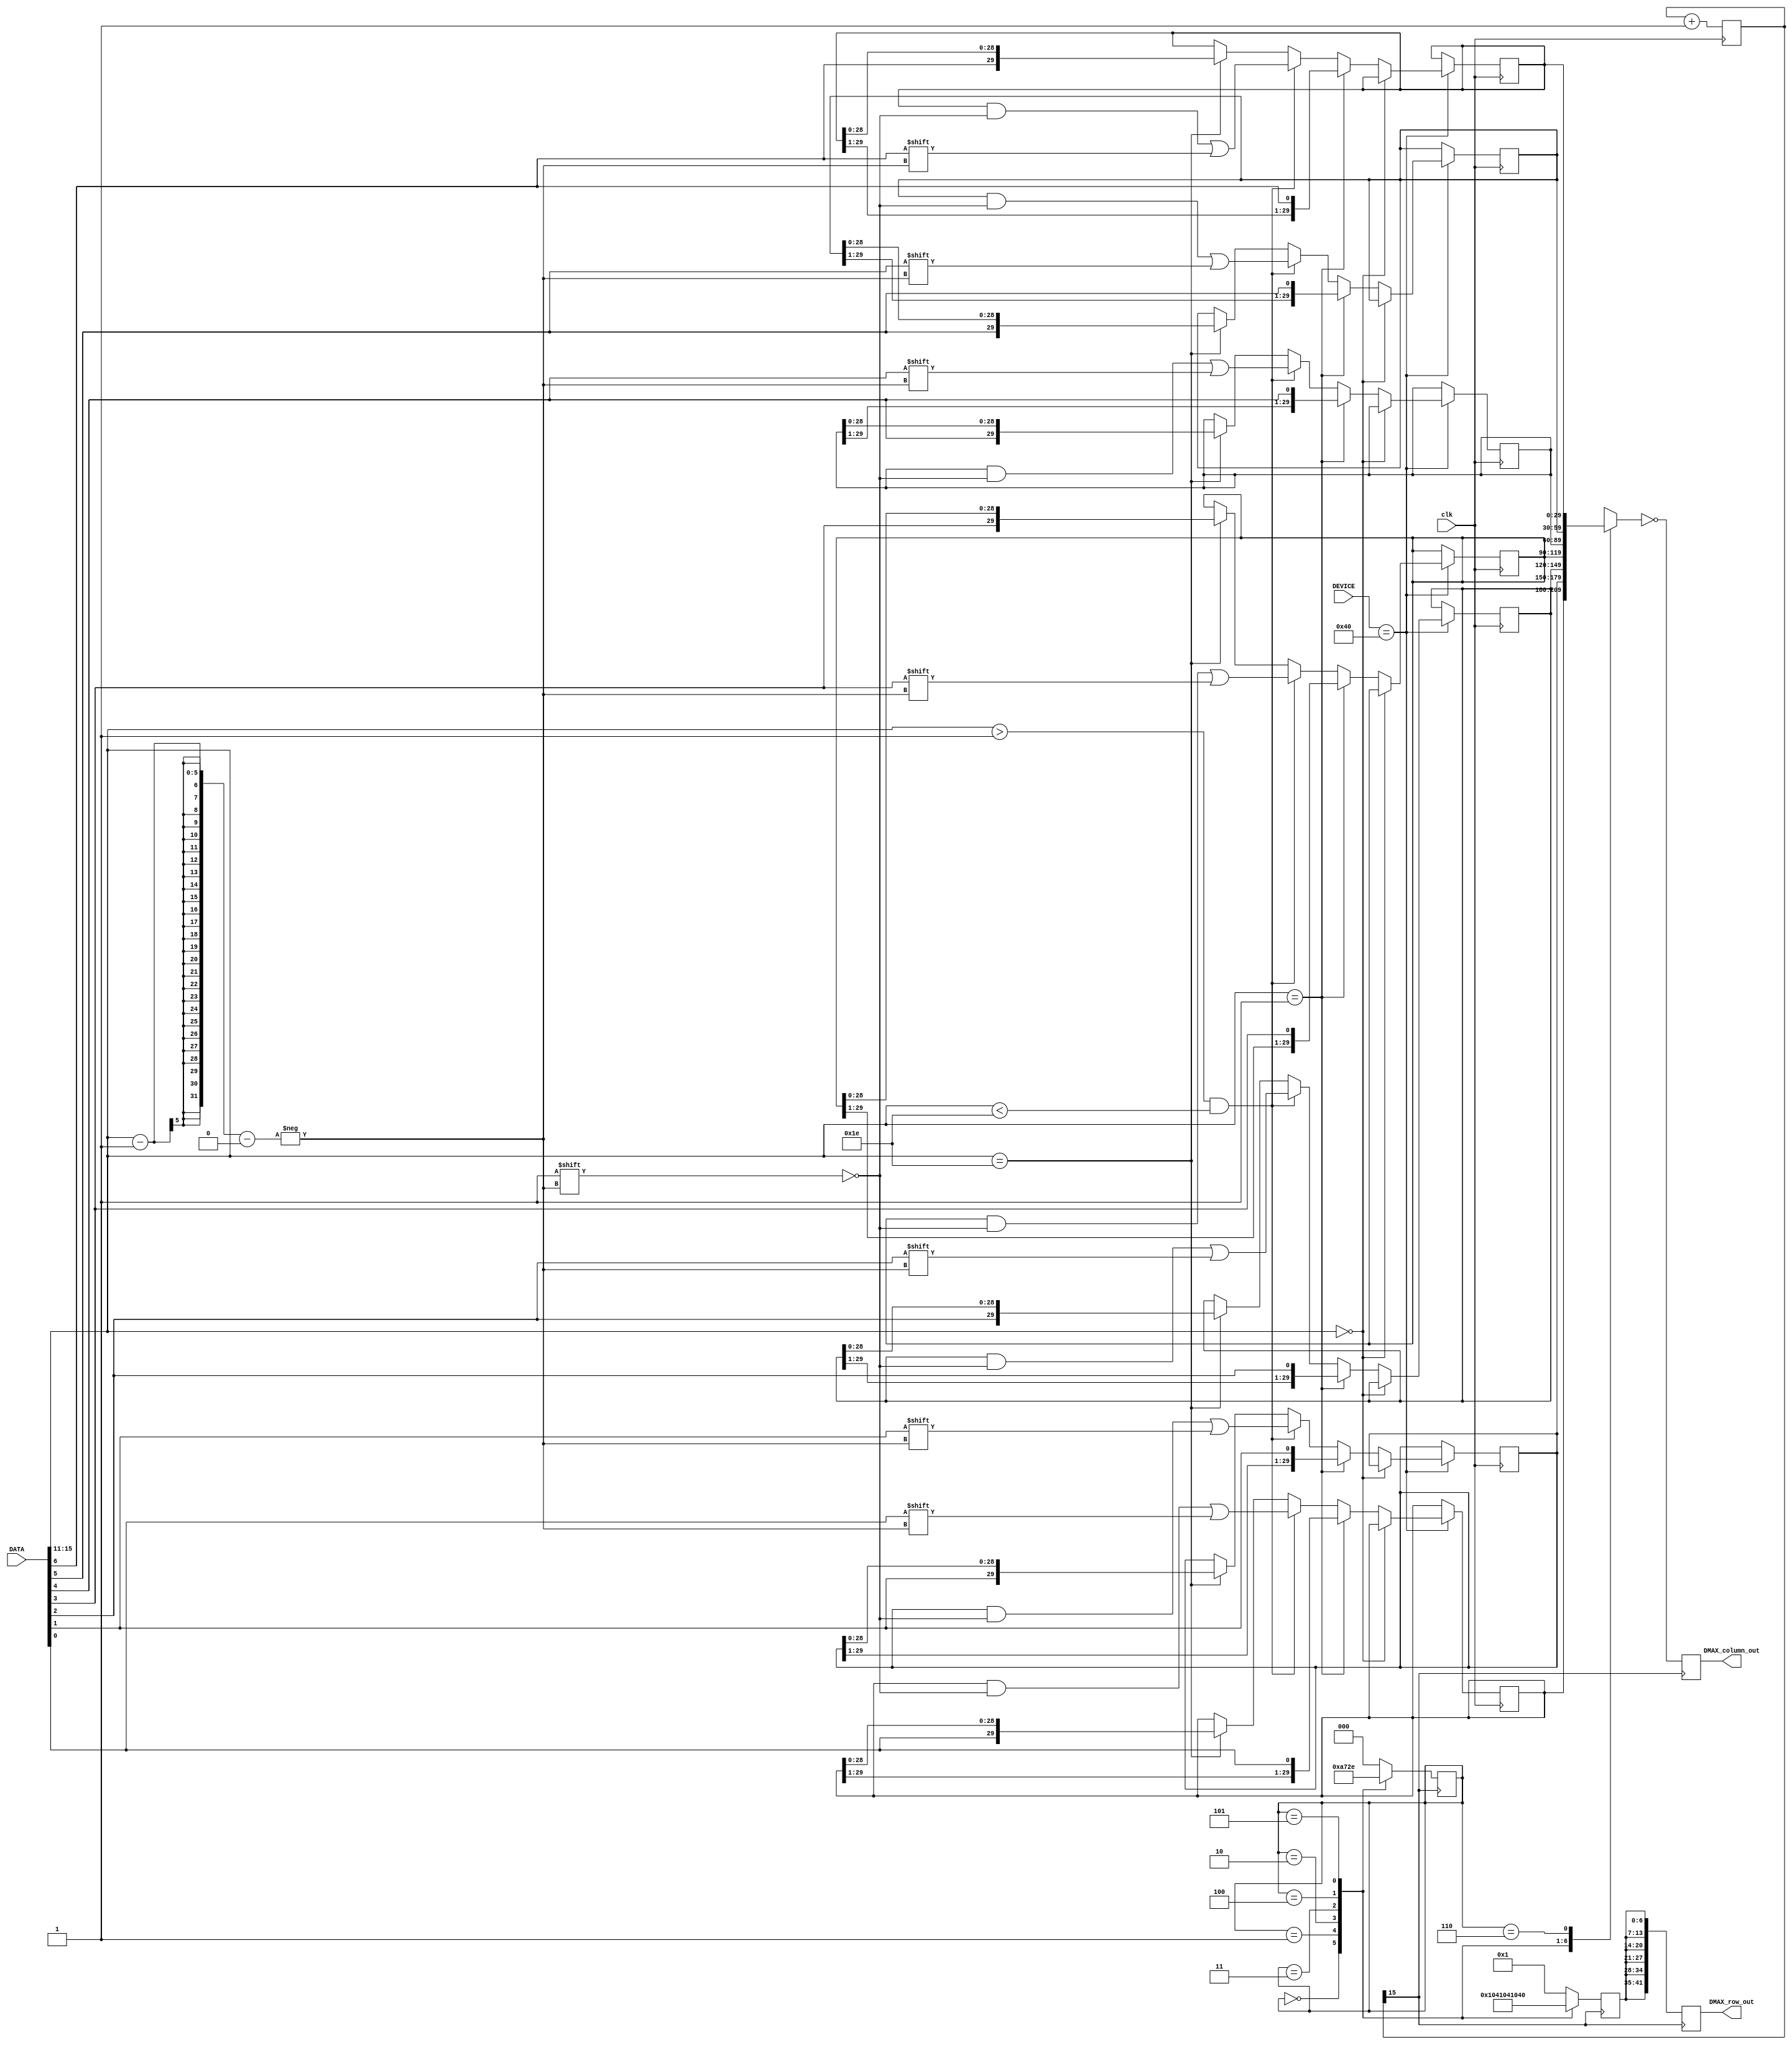
module DMAX(
clk,
DEVICE,
DATA,
DMAX_row_out,
DMAX_column_out
);

input clk;
input [15:0] DEVICE;
input [15:0] DATA;
output [41:0] DMAX_row_out;
output [29:0] DMAX_column_out;

reg [41:0] DMAX_row_out ;
reg [29:0] DMAX_column_out ;
reg [29:0] DMAX [6:0];
reg [2:0] DMAX_count=0;
reg [6:0] DMAX_row = 7'b0000001;
wire [47:0] HEX_out;
wire [15:0] DEVICE;
wire [15:0] DATA;
reg [15:0] count;

always @(negedge clk)
begin
 count <= count +1;
end


always @(negedge count[15])
begin
DMAX_column_out <= ~DMAX[DMAX_count];
DMAX_row_out <= {6{DMAX_row}};
end


always @(posedge count[15])
begin
case(DMAX_count)
  3'b000:begin DMAX_count <= 3'b001;DMAX_row <=7'b0000010; end
  3'b001:begin DMAX_count <= 3'b010;DMAX_row <=7'b0000100; end
  3'b010:begin DMAX_count <= 3'b011;DMAX_row <=7'b0001000; end
  3'b011:begin DMAX_count <= 3'b100;DMAX_row <=7'b0010000; end
  3'b100:begin DMAX_count <= 3'b101;DMAX_row <=7'b0100000; end
  3'b101:begin DMAX_count <= 3'b110;DMAX_row <=7'b1000000; end
  3'b110:begin DMAX_count <= 3'b000;DMAX_row <=7'b0000001; end
  default: begin DMAX_count <= 3'b000;DMAX_row <=7'b0000001; end 
endcase 
end


always @(negedge clk)
begin
	case(DEVICE)
	
	16'h0040:
	begin
				  if(DATA[15:11] == 5'b00000)
				  begin
              end
				  else if(DATA[15:11] == 5'b00001)
				  begin
					 DMAX[0] <= {DMAX[0][29:1],DATA[0]};
				    DMAX[1] <= {DMAX[1][29:1],DATA[1]};
				    DMAX[2] <= {DMAX[2][29:1],DATA[2]};
				    DMAX[3] <= {DMAX[3][29:1],DATA[3]};
					 DMAX[4] <= {DMAX[4][29:1],DATA[4]};
					 DMAX[5] <= {DMAX[5][29:1],DATA[5]};
					 DMAX[6] <= {DMAX[6][29:1],DATA[6]};
				  end
				  else if((DATA[15:11] > 5'b00001) &&(DATA[15:11] < 5'b11110))
				  begin
				     DMAX[0][(DATA[15:11]-1)] <=DATA[0];
					  DMAX[1][(DATA[15:11]-1)] <=DATA[1];
					  DMAX[2][(DATA[15:11]-1)] <=DATA[2];
					  DMAX[3][(DATA[15:11]-1)] <=DATA[3];
					  DMAX[4][(DATA[15:11]-1)] <=DATA[4];
					  DMAX[5][(DATA[15:11]-1)] <=DATA[5];
					  DMAX[6][(DATA[15:11]-1)] <=DATA[6];

				  end
				  else if(DATA[15:11] == 5'b11110)
				  begin
					 DMAX[0] <= {DATA[0],DMAX[0][28:0]};
				    DMAX[1] <= {DATA[1],DMAX[1][28:0]};
				    DMAX[2] <= {DATA[2],DMAX[2][28:0]};
				    DMAX[3] <= {DATA[3],DMAX[3][28:0]};
					 DMAX[4] <= {DATA[4],DMAX[4][28:0]};
					 DMAX[5] <= {DATA[5],DMAX[5][28:0]};
					 DMAX[6] <= {DATA[6],DMAX[6][28:0]};
				  end
	end
	default:begin end
	endcase
end
endmodule